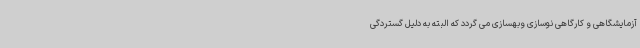
آزمایشگاهی و کارگاهی نوسازی وبهسازی می گردد که البته به دلیل گستردگی